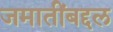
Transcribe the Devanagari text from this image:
जमातींबद्दल